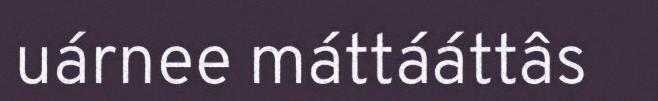
uárnee máttááttâs